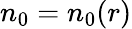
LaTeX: n_{0}=n_{0}(r)